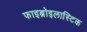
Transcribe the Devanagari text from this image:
फाइब्रोइलास्टिक